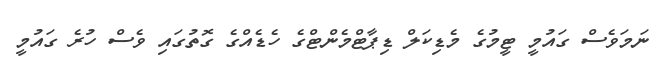
ނަމަވެސް ގައުމީ ޓީމުގެ މެޑިކަލް ޑިޕާޓްމެންޓްގެ ހެޑެއްގެ ގޮތުގައި ވެސް ހުރެ ގައުމީ